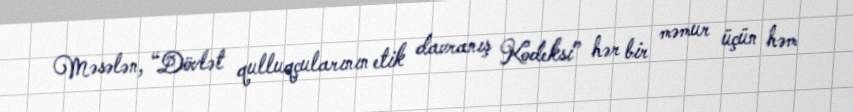
Məsələn, “Dövlət qulluqçularının etik davranış Kodeksi” hər bir məmur üçün həm